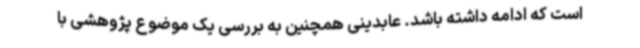
است که ادامه داشته باشد. عابدینی همچنین به بررسی یک موضوع پژوهشی با